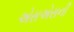
એસએસની